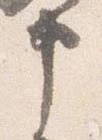
申